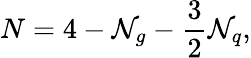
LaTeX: N=4-{\cal N}_{g}-\frac 32{\cal N}_{q},